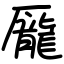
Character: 龎